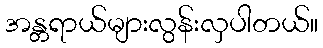
အန္တရာယ်များလွန်းလှပါတယ်။